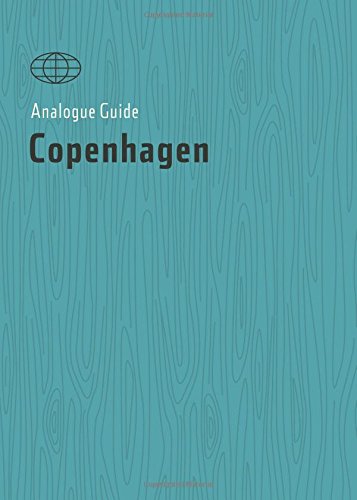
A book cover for Analogue Guide Copenhagen (Analogue Guides); Alana Stone; Travel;